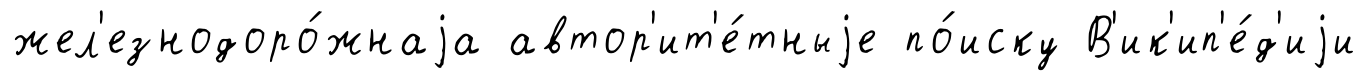
жел'езнодоро́жнаjа автор'ит'е́тныjе по́иску В'ик'ип'е́д'иjи